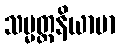
သမ္မတ္တနိယာမာ